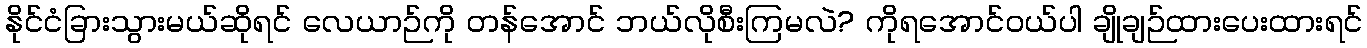
နိုင်ငံခြားသွားမယ်ဆိုရင် လေယာဉ်ကို တန်အောင် ဘယ်လိုစီးကြမလဲ? ကိုရအောင်ဝယ်ပါ ချိုချဉ်ထားပေးထားရင်